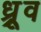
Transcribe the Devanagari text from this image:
ध्र्रूव